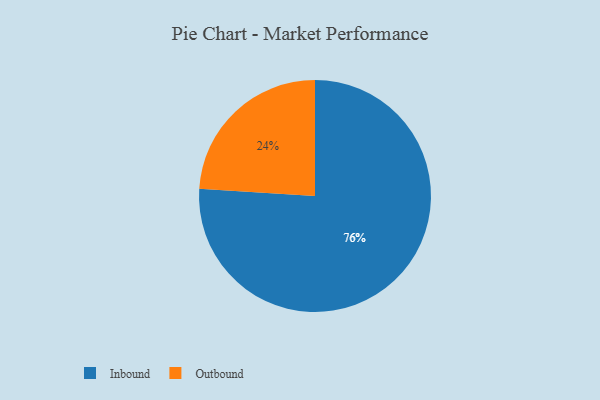
{"axis": {"x": "Category", "y": "Percentage"}, "legend": ["Inbound", "Outbound"], "data": [{"x": "Inbound", "y": 76, "type": "Inbound"}, {"x": "Outbound", "y": 24, "type": "Outbound"}]}